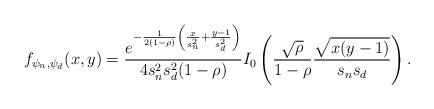
LaTeX: \begin{align*}f_{\psi_n, \psi_d}(x, y) = \frac{e^{-\frac{1}{2(1-\rho)}\left(\frac{x}{s_n^2}+\frac{y-1}{s_d^2}\right)}}{4 s_n^2 s_d^2 (1-\rho)}I_0\left(\frac{\sqrt{\rho}}{1-\rho}\frac{\sqrt{x(y-1)}}{s_n s_d}\right).\end{align*}